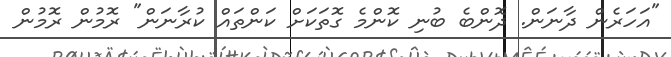
"އަހަރެން ދާނަން. ދޮންބެ ބުނި ކޮންމެ ގޮތަކަށް ކަންތައް ކުރާނަން" ރޮމުން ރޮމުން